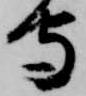
守